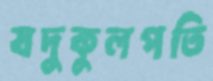
যদুকুলপতি